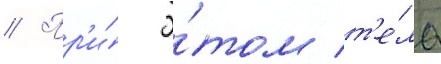
// Пр'и́ э́том т'е́ла